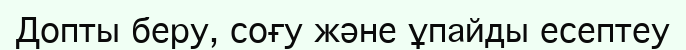
Допты беру, соғу және ұпайды есептеу